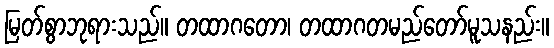
မြတ်စွာဘုရားသည်။ တထာဂတော၊ တထာဂတမည်တော်မူသနည်း။